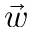
\vec { w }